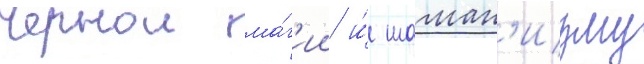
чернои ма́г'ии и́ шаман'изму